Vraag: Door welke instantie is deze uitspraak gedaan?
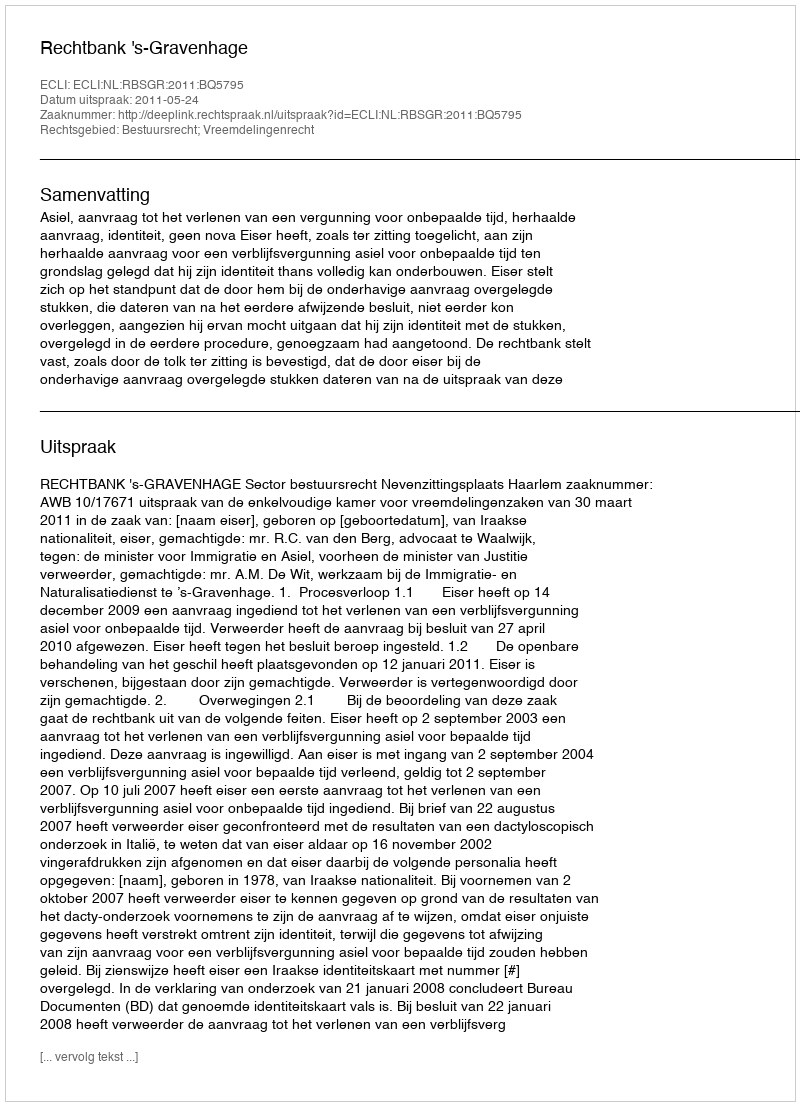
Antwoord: Rechtbank 's-Gravenhage